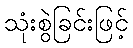
သုံးစွဲခြင်းဖြင့်